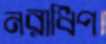
নরাধিপ